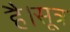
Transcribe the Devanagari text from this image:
है।सूत्र